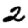
Digit: 2